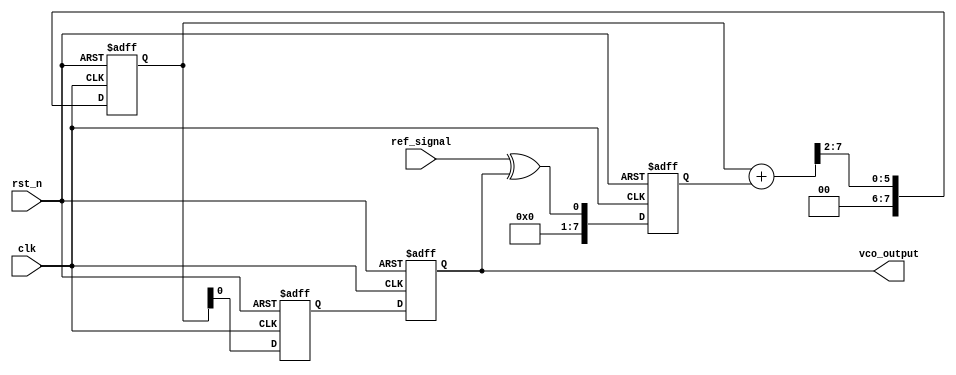
module MemoryBlocksPLL (
    input wire clk,               // System clock
    input wire rst_n,             // Active low reset
    input wire ref_signal,        // Reference input signal
    output reg vco_output         // Output of the VCO
);

// Parameters
parameter N = 8;                 // Number of bits for phase error
parameter FILTER_SIZE = 4;      // Size of the memory block for the filter

// Internal signals
reg [N-1:0] phase_error;        // Phase error signal
reg [N-1:0] filtered_error;     // Filtered phase error
reg [N-1:0] vco_control;        // Control signal for VCO
reg [N-1:0] memory[FILTER_SIZE-1:0]; // Memory blocks for filter
integer i;

// Phase Detector
always @(posedge clk or negedge rst_n) begin
    if (!rst_n) begin
        phase_error <= 0;
    end else begin
        // Simple phase detector logic (XOR for demonstration)
        phase_error <= ref_signal ^ vco_output;
    end
end

// Loop Filter (Simple moving average filter)
always @(posedge clk or negedge rst_n) begin
    if (!rst_n) begin
        filtered_error <= 0;
        for (i = 0; i < FILTER_SIZE; i = i + 1) begin
            memory[i] <= 0;
        end
    end else begin
        // Shift memory and update filtered error
        filtered_error <= 0;
        for (i = FILTER_SIZE-1; i > 0; i = i - 1) begin
            memory[i] <= memory[i-1];
            filtered_error <= filtered_error + memory[i];
        end
        memory[0] <= phase_error; // Store current phase error
        filtered_error <= (filtered_error + phase_error) >> 2; // Average
    end
end

// Voltage-Controlled Oscillator (VCO)
always @(posedge clk or negedge rst_n) begin
    if (!rst_n) begin
        vco_control <= 0;
        vco_output <= 0;
    end else begin
        // Adjust VCO output based on filtered error
        vco_control <= filtered_error; // Control signal for VCO
        vco_output <= vco_control; // Simple direct mapping for demonstration
    end
end

endmodule